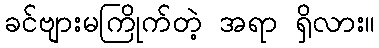
ခင်ဗျားမကြိုက်တဲ့ အရာ ရှိလား။